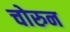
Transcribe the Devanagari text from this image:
चोरुन